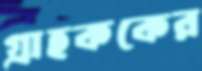
গ্রাহককের